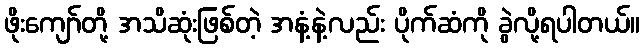
ဖိုးကျော်တို့ အသိဆုံးဖြစ်တဲ့ အနံ့နဲ့လည်း ပိုက်ဆံကို ခွဲလို့ရပါတယ်။